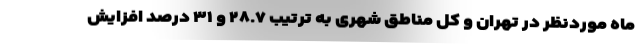
ماه موردنظر در تهران و کل مناطق شهری به ترتیب ۲۸.۷ و ۳۱ درصد افزایش